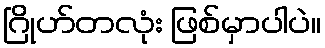
ဂြိုဟ်တလုံး ဖြစ်မှာပါပဲ။